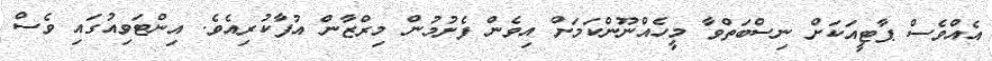
އެއްވެސް ޕާޓީއަކަށް ނިސްބަތްވާ މީހެއްނޫންކަމަށް އިވެން ފެށުމުން މިރްޒާން އުފާކުރިއެވެ. އިންޓަވިއުގައި ވެސް